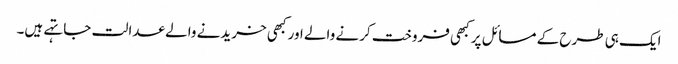
ایک ہی طرح کے مسائل پر کبھی فروخت کرنے والے اور کبھی خریدنے والے عدالت جا تہے ہیں۔